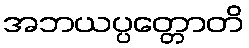
အဘယပ္ပတ္တောတိ